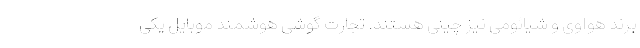
برند هواوی و شیائومی نیز چینی هستند. تجارت گوشی هوشمند موبایل یکی